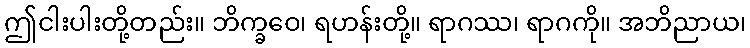
ဤငါးပါးတို့တည်း။ ဘိက္ခဝေ၊ ရဟန်းတို့။ ရာဂဿ၊ ရာဂကို။ အဘိညာယ၊